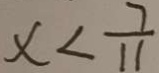
x < \frac { 7 } { 1 1 }